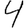
Digit: 4